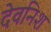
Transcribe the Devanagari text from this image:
देवनिश